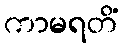
ကာမရတိံ